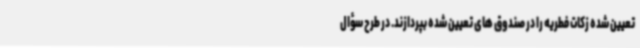
تعیین شده زکات فطریه را در صندوق های تعیین شده بپردازند. در طرح سؤال